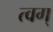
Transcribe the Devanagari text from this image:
त्वग्